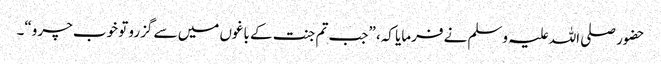
حضور صلی اللہ علیہ وسلم نے فرمایا کہ، ”جب تم جنت کے باغوں میں سے گزرو تو خوب چرو“۔